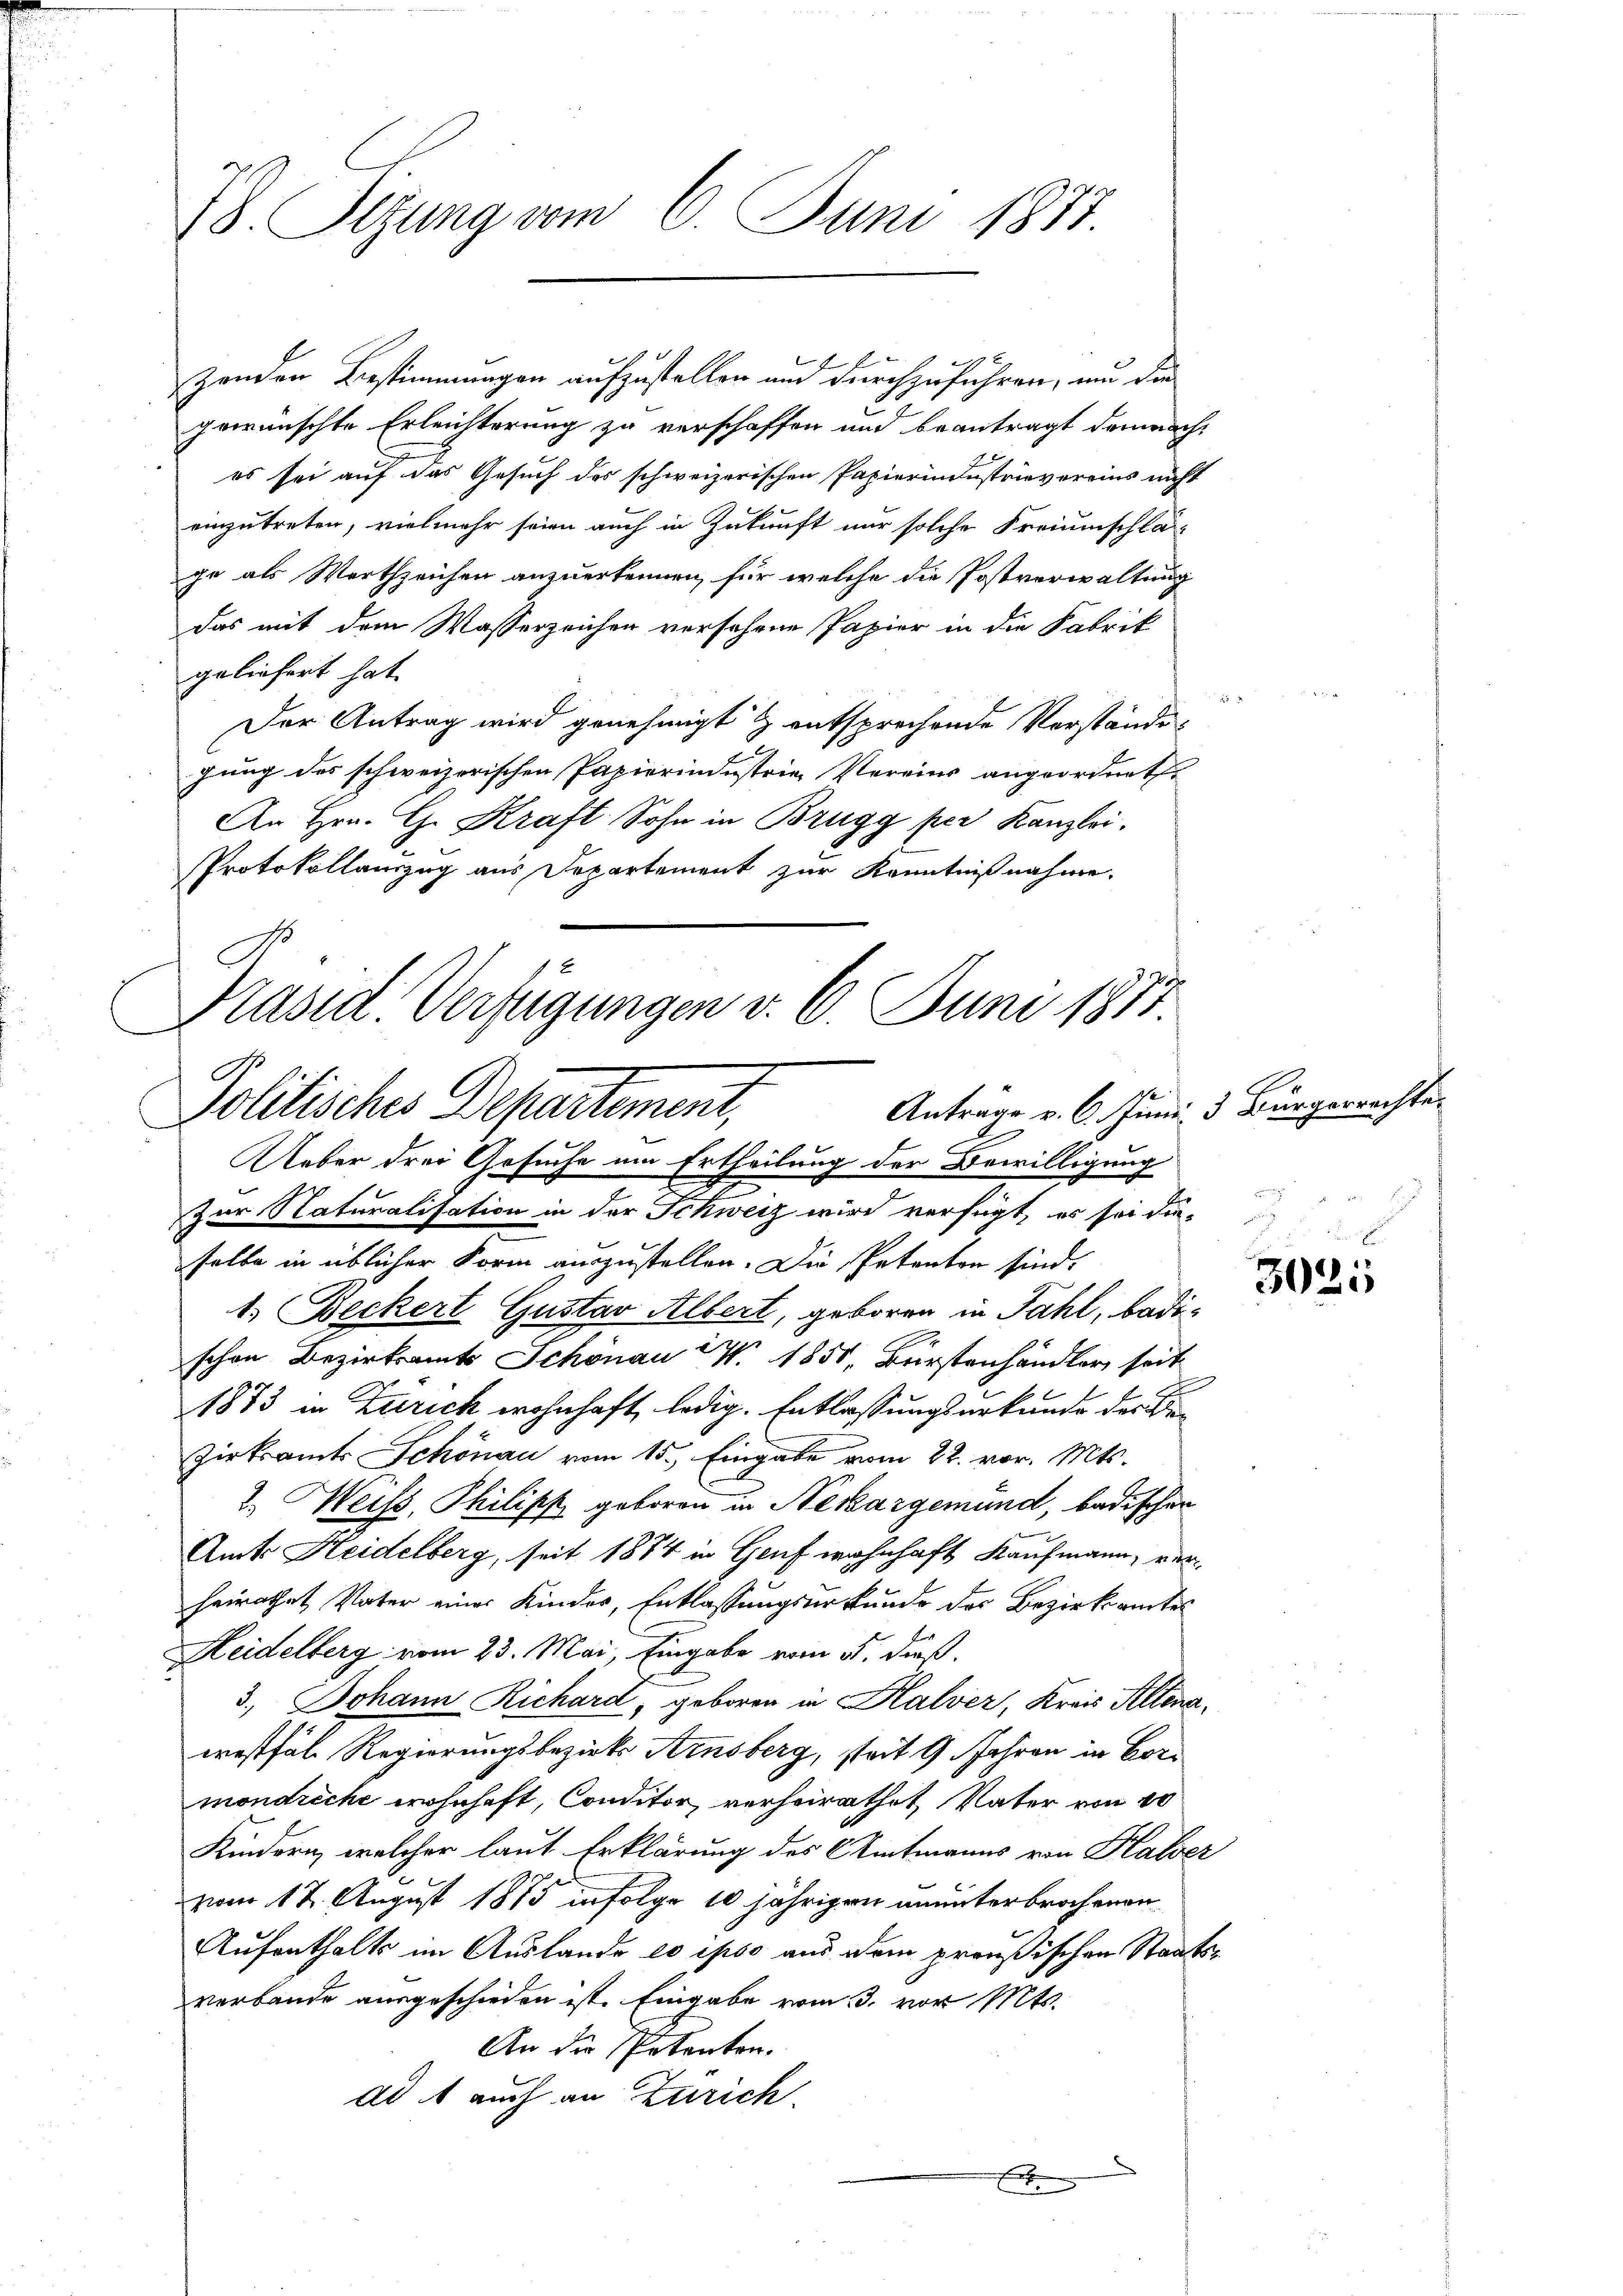
78. Sizung vom 6. Juni 1817.

gewünschte Erleichterung zu verschaffen und beantragt demnaches sei auf das Gesuch des schweizerischen Papierindustrievereins nicht
einzutreten, vielmehr seien auch in Zukunft nur solche Freiumschlage als Werthzeichen anzuerkennen, für welche die Postverwaltung
Das mit dem Wasserzeichen versehene Papier in die Fabrik
geliefert hat.
2
Der Antrag wird genehmigt & entsprechende Vorstände
gung des schweizerischen Papierindustrie Vereins angeordnet
An Hrn. G. Kraft Sohn in Brugg per Kanzlei.
Protokollauszug aus Departement zur Kenntnißnahme.

zenden Bestimmungen aufzustellen und durchzuführen, um die

Präsid Verfügungen v. 6. Juni 1871
Antrage v. 6. Juni, 3 Bürgerrechte.
Politisches Departement,
Ueber drei Gesuche um Ertheilung der Bewilligung

Zur Naturalisation in der Schweiz wird verfügt, es sei dieselbe in üblicher Form auszustellen. Die Petenten sind.
1. Beckert Gustav Albert, geboren in Fahl, badischon Bezirksamts Schönau N. 1851, Bürstenhändler seit
1873 in Zürich wohnhaft, ledig. Entlassungsurkunde der Be¬
Zirksamts Schönau vom 15. Eingabe vom 22. vor. Mts.
2. Weiss, Philipp geboren in Nekargemund, badischen
Amts Heidelberg, seit 1874 in Genf wohnhaft Kaufmann, verheirathet Vater eines Kindes, Entlassungsurkunde des Bezirksamtes
Heidelberg vom 23. Mai, Eingabe vom 5. dieß.
3.) Johann Richard, geboren in Halver, Kreis Altena
wostfall Regierungsbezirks Ainsberg, stait 9 Jahren in Cormondreche wohnhaft, Conditor, verheirathet, Vater von 10
Kindern, welcher laut Erklärung des Amtmanns von Halser
vom 12. August 1875 infolge 10 jährigen ununterbrochenen
Aufenthalts im Auslande eo ipso aus dem preußischen Staatsverbande ausgeschieden ist. Eingabe vom 3. vor Mts.
An die Petenten.
ad A auch an Zürich
x

r

3025